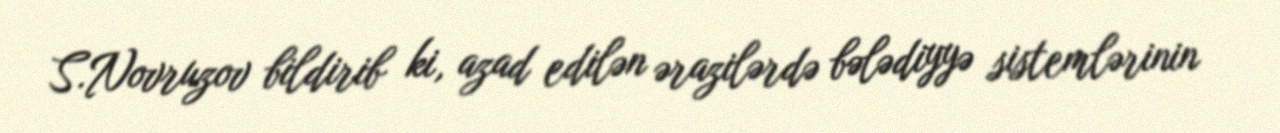
S.Novruzov bildirib ki, azad edilən ərazilərdə bələdiyyə sistemlərinin